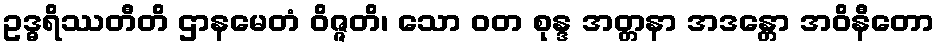
ဥဒ္ဓရိဿတီတိ ဌာနမေတံ ဝိဇ္ဇတိ၊ သော ဝတ စုန္ဒ အတ္တနာ အဒန္တော အဝိနီတော